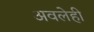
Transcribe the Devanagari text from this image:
अवलेही